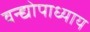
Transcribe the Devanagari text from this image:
वन्द्योपाध्याय